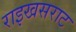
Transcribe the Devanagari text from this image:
राइखसराट